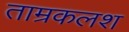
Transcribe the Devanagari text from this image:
ताम्रकलश